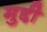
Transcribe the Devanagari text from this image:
मुद्दी